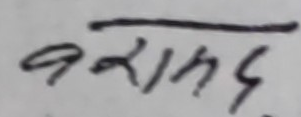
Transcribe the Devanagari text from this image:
वराख